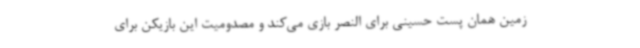
زمین همان پست حسینی برای النصر بازی می‌کند و مصدومیت این بازیکن برای